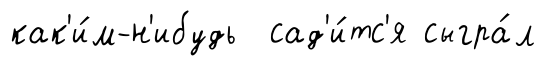
как'и́м-н'ибудь сад'и́тс'я сыгра́л